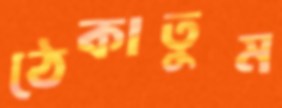
ঠেকাতুম